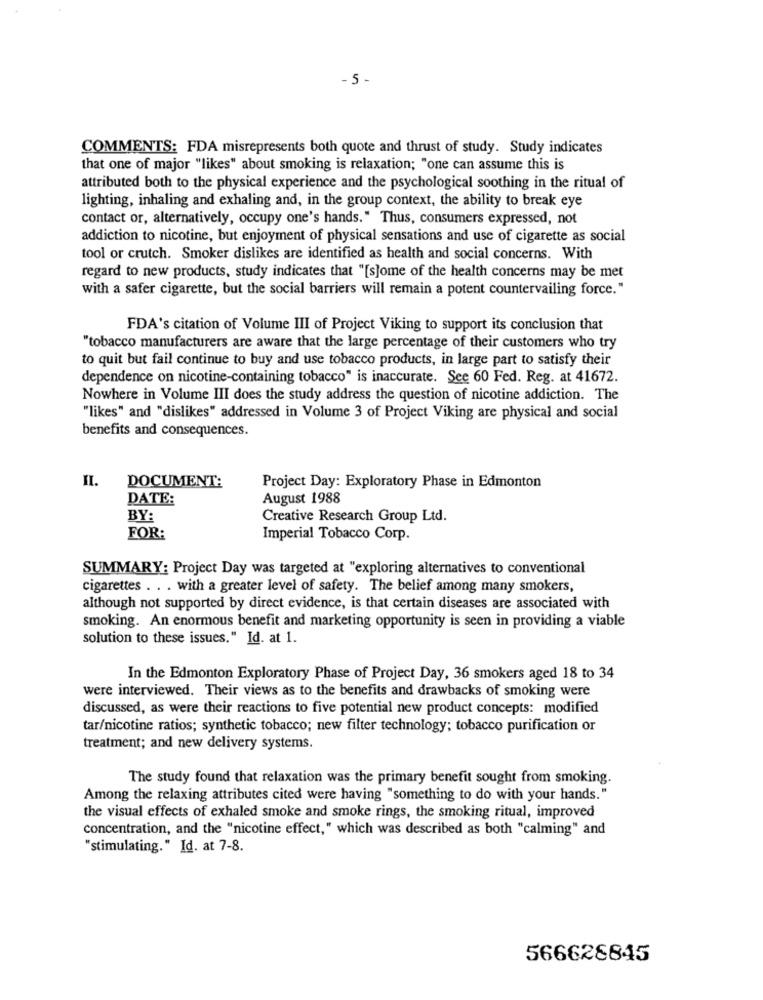
- 5
COMMENTS: FDA misrepresents both quote and thrust of study. Study indicates
that one of major "likes" about smoking is relaxation; "one can assume this is
attributed both to the physical experience and the psychological soothing in the ritual of
lighting, inhaling and exhaling and, in the group context, the ability to break eye
contact or, alternatively, occupy one's hands." Thus, consumers expressed, not
addiction to nicotine, but enjoyment of physical sensations and use of cigarette as social
tool or crutch. Smoker dislikes are identified as health and social concerns. With
regard to new products, study indicates that "[s]ome of the health concerns may be met
with a safer cigarette, but the social barriers will remain a potent countervailing force."
FDA's citation of Volume III of Project Viking to support its conclusion that
"tobacco manufacturers are aware that the large percentage of their customers who try
to quit but fail continue to buy and use tobacco products, in large part to satisfy their
dependence on nicotine-containing tobacco" is inaccurate. See 60 Fed. Reg. at 41672.
Nowhere in Volume III does the study address the question of nicotine addiction. The
"likes" and "dislikes" addressed in Volume 3 of Project Viking are physical and social
benefits and consequences.
II.
DOCUMENT:
Project Day: Exploratory Phase in Edmonton
DATE:
August 1988
BY:
Creative Research Group Ltd.
FOR:
Imperial Tobacco Corp.
SUMMARY: Project Day was targeted at "exploring alternatives to conventional
cigarettes . . . with a greater level of safety. The belief among many smokers,
although not supported by direct evidence, is that certain diseases are associated with
smoking. An enormous benefit and marketing opportunity is seen in providing a viable
solution to these issues." Id. at 1.
In the Edmonton Exploratory Phase of Project Day, 36 smokers aged 18 to 34
were interviewed. Their views as to the benefits and drawbacks of smoking were
discussed, as were their reactions to five potential new product concepts: modified
tar/nicotine ratios; synthetic tobacco; new filter technology; tobacco purification or
treatment; and new delivery systems.
The study found that relaxation was the primary benefit sought from smoking.
Among the relaxing attributes cited were having "something to do with your hands."
the visual effects of exhaled smoke and smoke rings, the smoking ritual, improved
concentration, and the "nicotine effect," which was described as both "calming" and
"stimulating." Id. at 7-8.
566628845